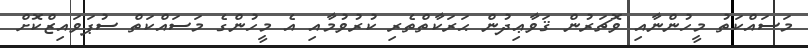
މަސައްކަތު މީހުންނާއި ވޮޗަރުން ޤަވާޢިދުން ޙަރަކާތްތެރި ކުރުވުމާއި އެ މީހުންގެ މަސައްކަތް ސުޕަވައިޒްކޮށް